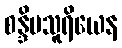
စန္ဒိမသူရိယေန